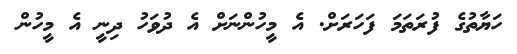
ހަޔާތުގެ ފުރަތަމަ ފަހަރަށް. އެ މީހުންނަށް އެ ދުވަހު ދިނީ އެ މީހުން